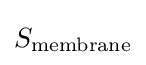
S_{\text{membrane}}